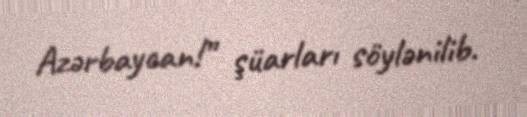
Azərbaycan!” şüarları söylənilib.